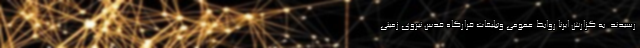
رسیدند. به گزارش ایرنا روابط عمومی وتبلیغات قرارگاه قدس نیروی زمینی